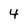
Character: 4